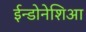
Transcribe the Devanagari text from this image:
ईन्डोनेशिआ